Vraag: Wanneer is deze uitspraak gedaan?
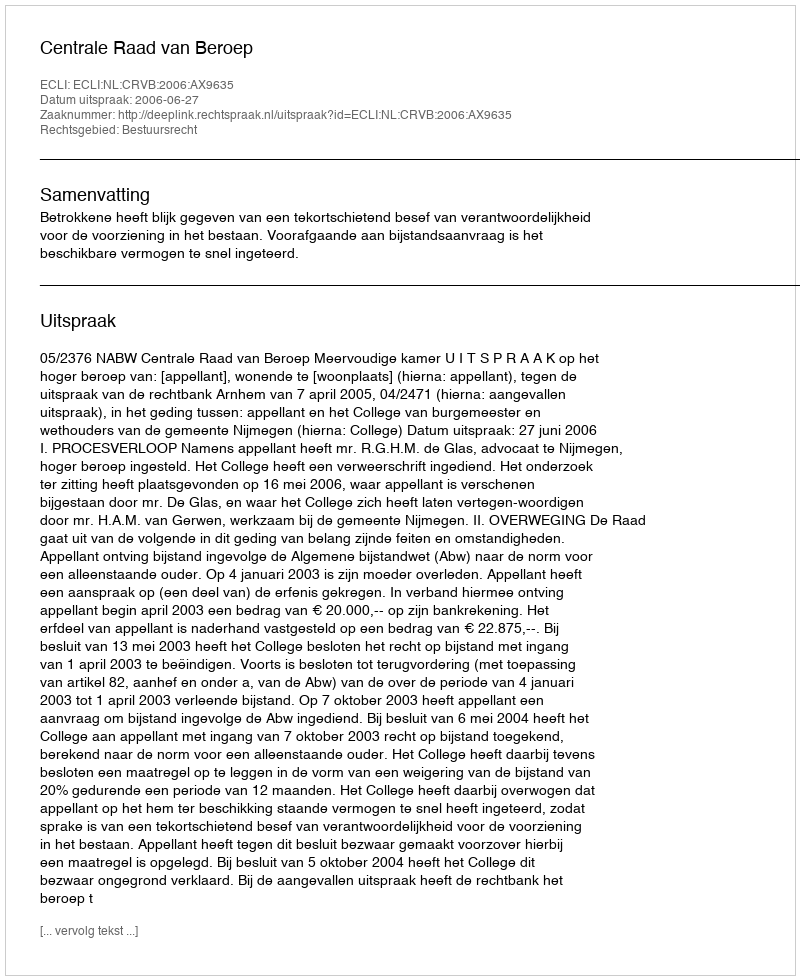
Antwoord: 2006-06-27